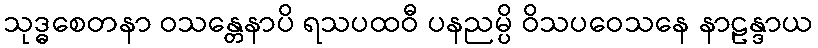
သုဒ္ဓစေတနာ ဝသန္တေနာပိ ရသပထဝီ ပနညမ္ပိ ဝိသပဝေသနေ နာဠန္ဒာယ